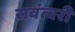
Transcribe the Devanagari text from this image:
सवंत्वरी